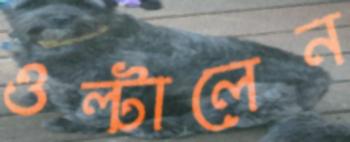
ওল্‌টালেন